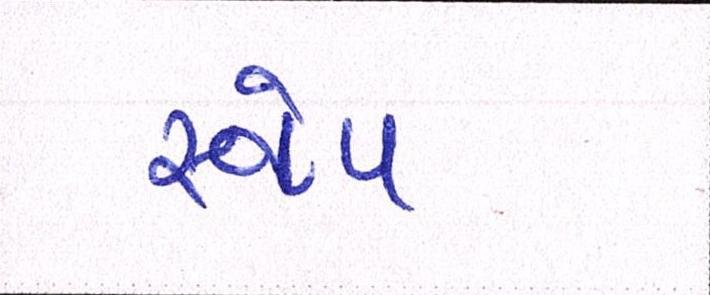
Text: સ્વેપ